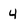
Character: 4